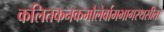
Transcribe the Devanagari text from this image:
कलितकनकमौलेर्वामभागस्थसीता